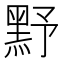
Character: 𪐧